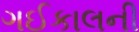
ગઈકાલની